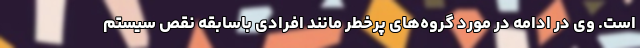
است. وی در ادامه در مورد گروه‌های پرخطر مانند افرادی باسابقه نقص سیستم